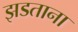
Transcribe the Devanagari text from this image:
झडताना